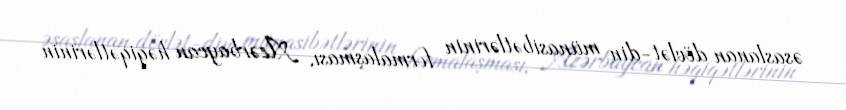
əsaslanan dövlət-din münasibətlərinin formalaşması, Azərbaycan həqiqətlərinin